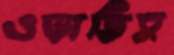
ওড়াতিস